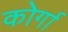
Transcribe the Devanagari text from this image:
कोर्गा